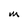
Character: M